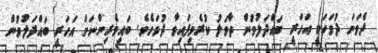
ދެވަނަ ދުވަހަކީ އަހަރީ ބައްދަލުވުން ތާވަލު ކުރެވިފައިވާ ދުވަހެވެ. ބައިވެރިންނަށް އަހަރީ ބައްދަލުވުން